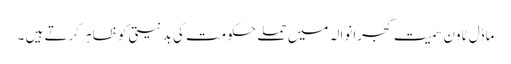
ماڈل ٹاون سمیت گجرانوالہ میں حملے حکومت کی بد نیتی کو ظاہر کرتے ہیں ۔